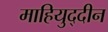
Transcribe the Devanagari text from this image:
माहियुद्दीन